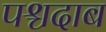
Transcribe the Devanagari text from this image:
पश्चदाब